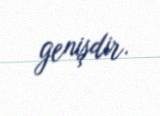
genişdir.